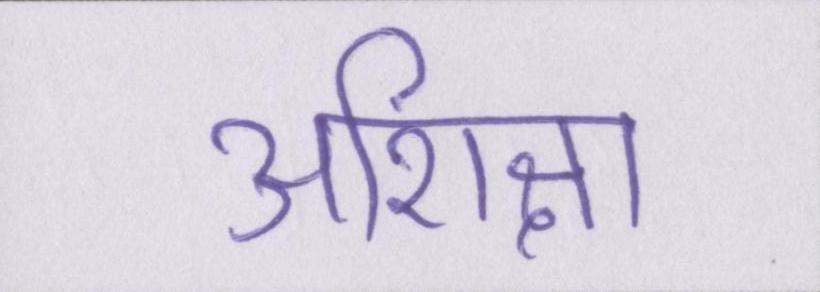
अशिक्षा